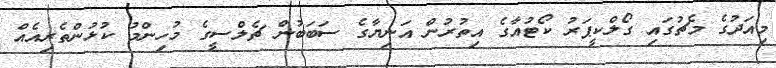
މިއަދުގެ މެޗުގައި ގޯލްކީޕަރު ކޯޓުއާގެ އިތުރުން އަނިޔާގެ ސަބަބުން ޗެލްސީގެ މުހިންމު ކުޅުންތެރިއެއް